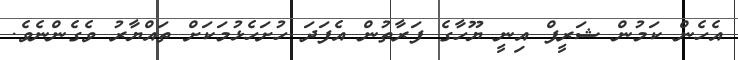
އެހެން ކަމުން ޝަރީފް އިނީ ޔޫހާގެ ފަރާތުން އެފަދަ ހުށަހެޅުމަކަށް ތައްޔާރު ވެގެންނެވެ.